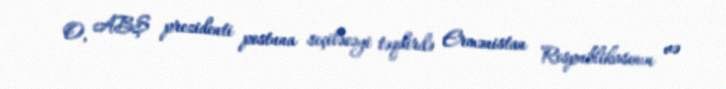
O, ABŞ prezidenti postuna seçiləcəyi təqdirdə Ermənistan Respublikasının və